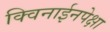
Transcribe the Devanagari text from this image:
क्विनाईनपेक्षा